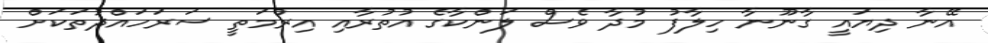
އޭނާ ދިޔައީ ގާނޫނާ ހިލާފު މުދާ ވެސް ލަންކާގެ އުތުރާއި އިރުމަތީ ސަރަހައްދުތަކަށް